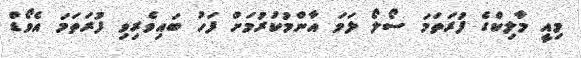
މިއީ މާލިކްގެ ފުރަތަމަ ސޯލޯ ލަވަ އާންމުކުރުމަށް ފަހު ބައިވެރިވި ފުރަތަމަ އެވޯޑް